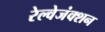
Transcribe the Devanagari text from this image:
रेल्वेजंक्शन